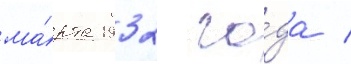
ма́рта 1932 го́да /